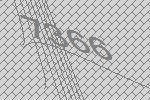
7366